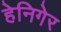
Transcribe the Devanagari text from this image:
हेनिगेर